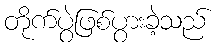
တိုက်ပွဲဖြစ်ပွားခဲ့သည်